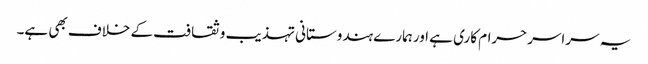
یہ سراسرحرام کاری ہے اورہمارے ہندوستانی تہذیب وثقافت کے خلاف بھی ہے۔